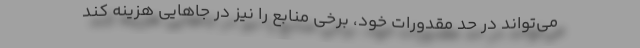
می‌تواند در حد مقدورات خود، برخی منابع را نیز در جاهایی هزینه کند